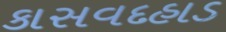
કાસવદહાડ